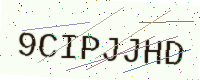
Text: 9CIPJJHD